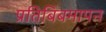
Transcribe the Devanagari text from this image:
प्रतिबिंबमापन